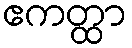
ဧကတ္ထာ